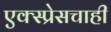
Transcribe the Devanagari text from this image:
एक्स्प्रेसचाही